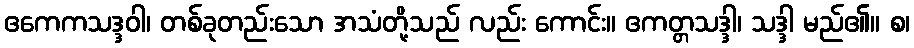
ဧကေကသဒ္ဒဝါ၊ တစ်ခုတည်းသော အသံတို့သည် လည်း ကောင်း။ ဧကတ္တသဒ္ဒါ၊ သဒ္ဒါ မည်၏။ စ၊